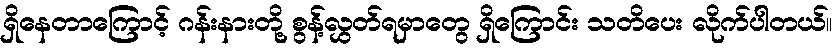
ရှိနေတာကြောင့် ဂန်းနားတို့ စွန့်လွှတ်ရမှာတွေ ရှိကြောင်း သတိပေး လိုက်ပါတယ်။